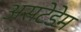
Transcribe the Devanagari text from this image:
असटेडेम